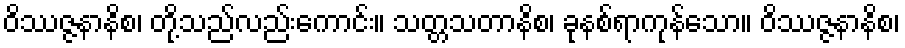
ဝိဿဇ္ဇနာနိစ၊ တို့သည်လည်းကောင်း။ သတ္တသတာနိစ၊ ခုနစ်ရာကုန်သော။ ဝိဿဇ္ဇနာနိစ၊